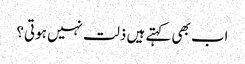
اب بھی کہتے ہیں ذلت نہیں ہوتی؟